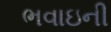
ભવાઇની